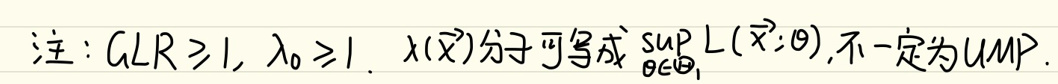
注：$GLR \geq 1, \lambda_0 \geq 1$. $\chi(\vec{x})$分子可写成 $\sup_{\theta \in \Theta_1} L(\vec{x};\theta)$，不一定为UMP.